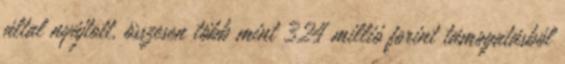
által nyújtott, összesen több mint 324 millió forint támogatásból